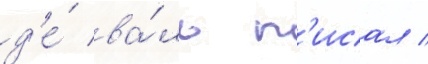
д'е́ ва́ль п'исал /